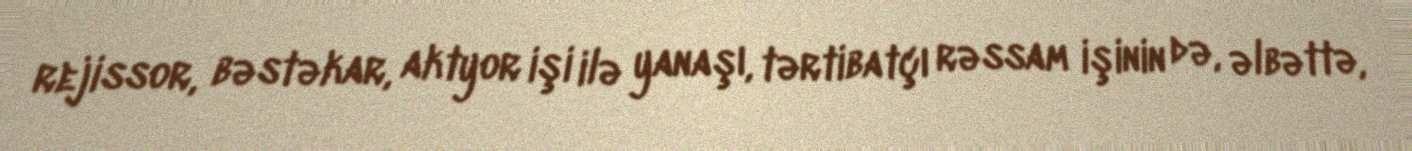
rejissor, bəstəkar, aktyor işi ilə yanaşı, tərtibatçı rəssam işinin də, əlbəttə,